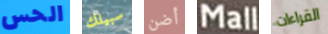
الحس سبيلك أضن Mall القراءات